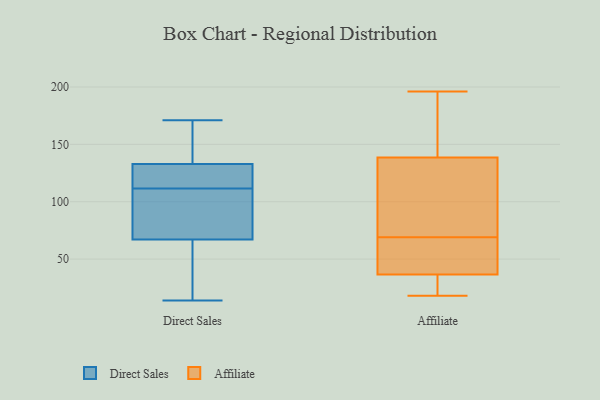
{"axis": {"x": "Conversion Rate (%)", "y": "Value"}, "legend": ["Affiliate", "Direct Sales"], "data": [{"x": "", "y": 116, "type": "Direct Sales"}, {"x": "", "y": 74, "type": "Direct Sales"}, {"x": "", "y": 104, "type": "Direct Sales"}, {"x": "", "y": 66, "type": "Direct Sales"}, {"x": "", "y": 68, "type": "Direct Sales"}, {"x": "", "y": 169, "type": "Direct Sales"}, {"x": "", "y": 160, "type": "Direct Sales"}, {"x": "", "y": 17, "type": "Direct Sales"}, {"x": "", "y": 14, "type": "Direct Sales"}, {"x": "", "y": 134, "type": "Direct Sales"}, {"x": "", "y": 146, "type": "Direct Sales"}, {"x": "", "y": 117, "type": "Direct Sales"}, {"x": "", "y": 126, "type": "Direct Sales"}, {"x": "", "y": 107, "type": "Direct Sales"}, {"x": "", "y": 126, "type": "Direct Sales"}, {"x": "", "y": 63, "type": "Direct Sales"}, {"x": "", "y": 132, "type": "Direct Sales"}, {"x": "", "y": 171, "type": "Direct Sales"}, {"x": "", "y": 92, "type": "Direct Sales"}, {"x": "", "y": 62, "type": "Direct Sales"}, {"x": "", "y": 33, "type": "Affiliate"}, {"x": "", "y": 134, "type": "Affiliate"}, {"x": "", "y": 166, "type": "Affiliate"}, {"x": "", "y": 83, "type": "Affiliate"}, {"x": "", "y": 102, "type": "Affiliate"}, {"x": "", "y": 53, "type": "Affiliate"}, {"x": "", "y": 143, "type": "Affiliate"}, {"x": "", "y": 92, "type": "Affiliate"}, {"x": "", "y": 97, "type": "Affiliate"}, {"x": "", "y": 186, "type": "Affiliate"}, {"x": "", "y": 196, "type": "Affiliate"}, {"x": "", "y": 32, "type": "Affiliate"}, {"x": "", "y": 178, "type": "Affiliate"}, {"x": "", "y": 32, "type": "Affiliate"}, {"x": "", "y": 55, "type": "Affiliate"}, {"x": "", "y": 54, "type": "Affiliate"}, {"x": "", "y": 36, "type": "Affiliate"}, {"x": "", "y": 18, "type": "Affiliate"}, {"x": "", "y": 42, "type": "Affiliate"}, {"x": "", "y": 37, "type": "Affiliate"}]}